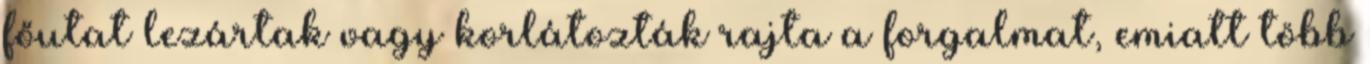
főutat lezártak vagy korlátozták rajta a forgalmat, emiatt több